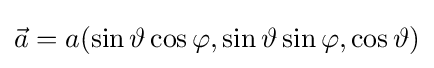
{\vec {a}}=a(\sin \vartheta \cos \varphi ,\sin \vartheta \sin \varphi ,\cos \vartheta )